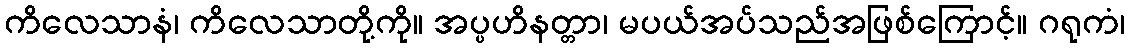
ကိလေသာနံ၊ ကိလေသာတို့ကို။ အပ္ပဟိနတ္တာ၊ မပယ်အပ်သည်အဖြစ်ကြောင့်။ ဂရုကံ၊